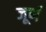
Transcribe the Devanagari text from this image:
जूर्ण